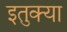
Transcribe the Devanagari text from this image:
इतुक्या